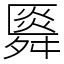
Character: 䑞